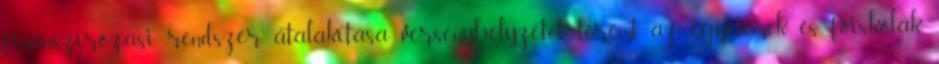
finanszírozási rendszer átalakítása versenyhelyzetet teremt az egyetemek és főiskolák